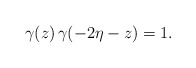
\begin{align*} \gamma(z)\,\gamma(-2\eta-z) = 1.\end{align*}